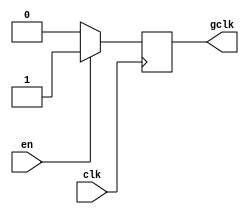
module clock_gating (
    input wire clk,      // Primary clock signal
    input wire en,       // Enable signal
    output reg gclk      // Gated clock output
);

    always @(posedge clk) begin
        if (en) begin
            gclk <= 1'b1;  // Pass the clock when enable is high
        end else begin
            gclk <= 1'b0;  // Hold the clock low when enable is low
        end
    end

endmodule